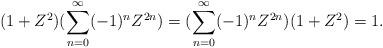
LaTeX: \begin{align*} (1+Z^2)(\sum_{n=0}^{\infty}(-1)^nZ^{2n})=(\sum_{n=0}^{\infty}(-1)^nZ^{2n})(1+Z^2)=1.\end{align*}